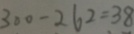
3 0 0 - 2 6 2 = 3 8